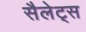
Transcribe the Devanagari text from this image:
सैलेट्स